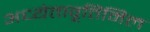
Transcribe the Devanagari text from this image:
अध्येतावृत्तिमिल